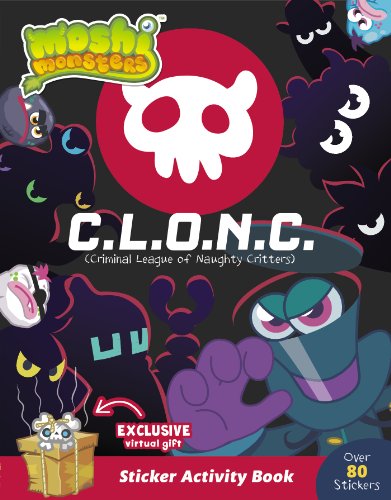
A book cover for C.L.O.N.C. Sticker Activity Book (Moshi Monsters); Grosset & Dunlap; Children's Books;